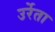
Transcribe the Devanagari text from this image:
उर्रेता